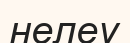
нелеу